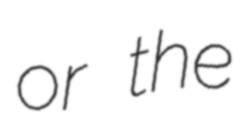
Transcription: or the